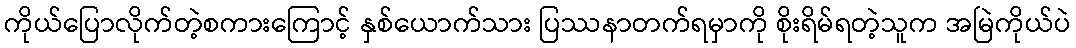
ကိုယ်ပြောလိုက်တဲ့စကားကြောင့် နှစ်ယောက်သား ပြဿနာတက်ရမှာကို စိုးရိမ်ရတဲ့သူက အမြဲကိုယ်ပဲ